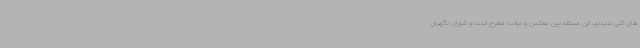
های کلی ندیدیم، این مسئله بین مجلس و دولت مطرح است و شورای نگهبان